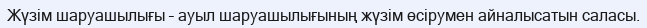
Жүзім шаруашылығы – ауыл шаруашылығының жүзім өсірумен айналысатын саласы.